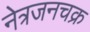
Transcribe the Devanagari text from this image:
नेत्रजनचक्र